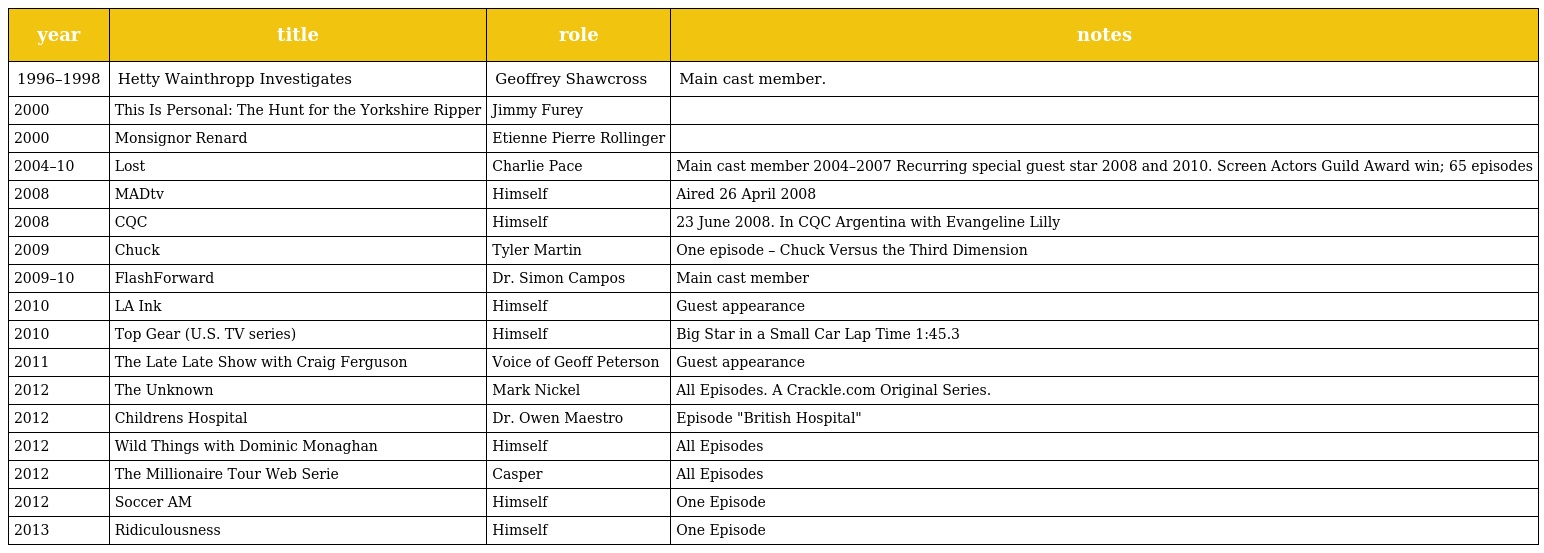
| year | title | role | notes |
 | --- | --- | --- | --- |
 | 1996–1998 | Hetty Wainthropp Investigates | Geoffrey Shawcross | Main cast member. |
 | 2000 | This Is Personal: The Hunt for the Yorkshire Ripper | Jimmy Furey |  |
 | 2000 | Monsignor Renard | Etienne Pierre Rollinger |  |
 | 2004–10 | Lost | Charlie Pace | Main cast member 2004–2007 Recurring special guest star 2008 and 2010. Screen Actors Guild Award win; 65 episodes |
 | 2008 | MADtv | Himself | Aired 26 April 2008 |
 | 2008 | CQC | Himself | 23 June 2008. In CQC Argentina with Evangeline Lilly |
 | 2009 | Chuck | Tyler Martin | One episode – Chuck Versus the Third Dimension |
 | 2009–10 | FlashForward | Dr. Simon Campos | Main cast member |
 | 2010 | LA Ink | Himself | Guest appearance |
 | 2010 | Top Gear (U.S. TV series) | Himself | Big Star in a Small Car Lap Time 1:45.3 |
 | 2011 | The Late Late Show with Craig Ferguson | Voice of Geoff Peterson | Guest appearance |
 | 2012 | The Unknown | Mark Nickel | All Episodes. A Crackle.com Original Series. |
 | 2012 | Childrens Hospital | Dr. Owen Maestro | Episode "British Hospital" |
 | 2012 | Wild Things with Dominic Monaghan | Himself | All Episodes |
 | 2012 | The Millionaire Tour Web Serie | Casper | All Episodes |
 | 2012 | Soccer AM | Himself | One Episode |
 | 2013 | Ridiculousness | Himself | One Episode |